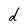
Character: d